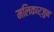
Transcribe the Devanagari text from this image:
मलिकार्जुन